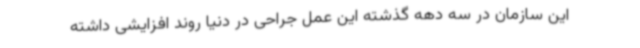
این سازمان در سه دهه گذشته این عمل جراحی در دنیا روند افزایشی داشته